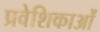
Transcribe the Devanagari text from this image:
प्रवेशिकाओं